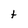
Character: t